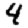
Digit: 4